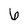
Character: 6